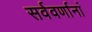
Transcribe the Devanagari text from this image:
सर्ववर्णानां